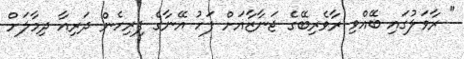
" ރާވަލުގައި ބޭއްވި ރާވެރިބޭގެ ޖަނާޒާއަށް ފަހު އޭނާގެ ފިރިހެން ދަރިއާ ދިމާލަށް